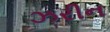
ઝરીન